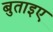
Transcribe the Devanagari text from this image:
बुताइए